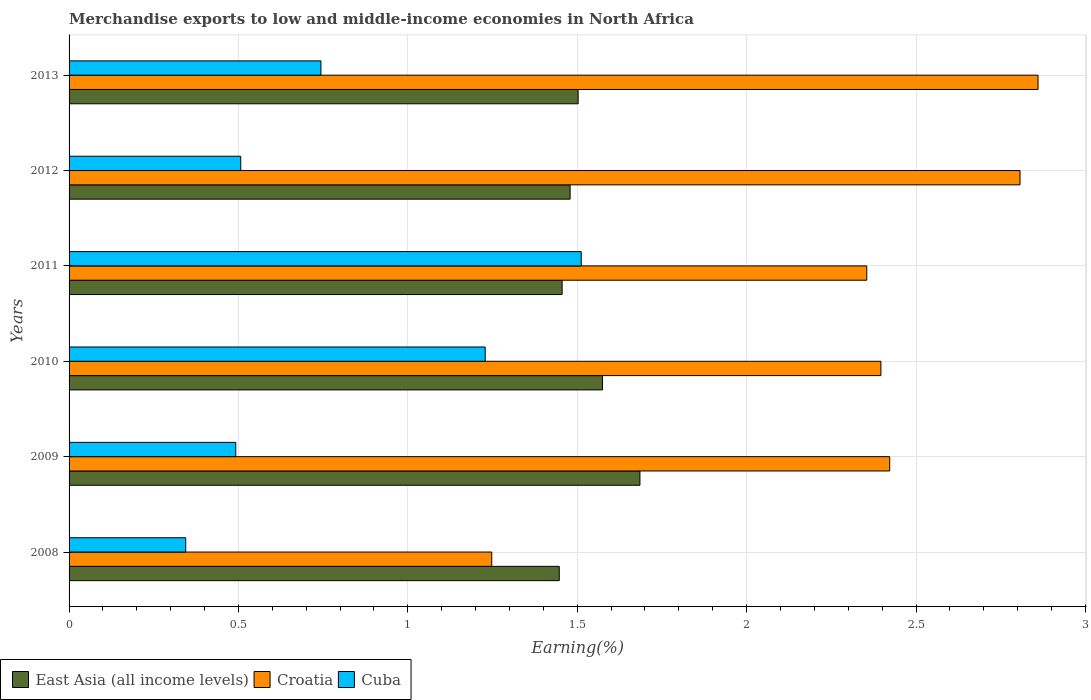
| Years | East Asia (all income levels) | Croatia | Cuba |
 | --- | --- | --- | --- |
 | 2008 | 1.45 | 1.25 | 0.344 |
 | 2009 | 1.69 | 2.42 | 0.492 |
 | 2010 | 1.57 | 2.4 | 1.23 |
 | 2011 | 1.46 | 2.35 | 1.51 |
 | 2012 | 1.48 | 2.81 | 0.507 |
 | 2013 | 1.5 | 2.86 | 0.743 |